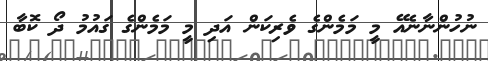
ނުހުންނާނެއޭ މީ މަމެންގެ ވެރިކަން އަދި މީ މަމެންގެ ގައުމު ދޯ ކޮބާ